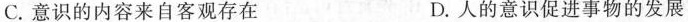
C.意识的内容来自客观存在 D.人的意识促进事物的发展